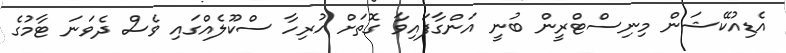
އެޑިއުކޭޝަން މިނިސްޓްރީން ބުނީ އަންގާފައިވާ ގޮތަށް ހުރިހާ ސްކޫލެއްގައި ވެސް ދެވަނަ ޓާމުގެ